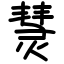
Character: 熭